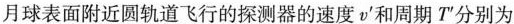
月球表面附近圆轨道飞行的探测器的速度v^{\prime}和周期T^{\prime}分别为